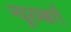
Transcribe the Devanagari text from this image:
न्यूरम्बर्ग